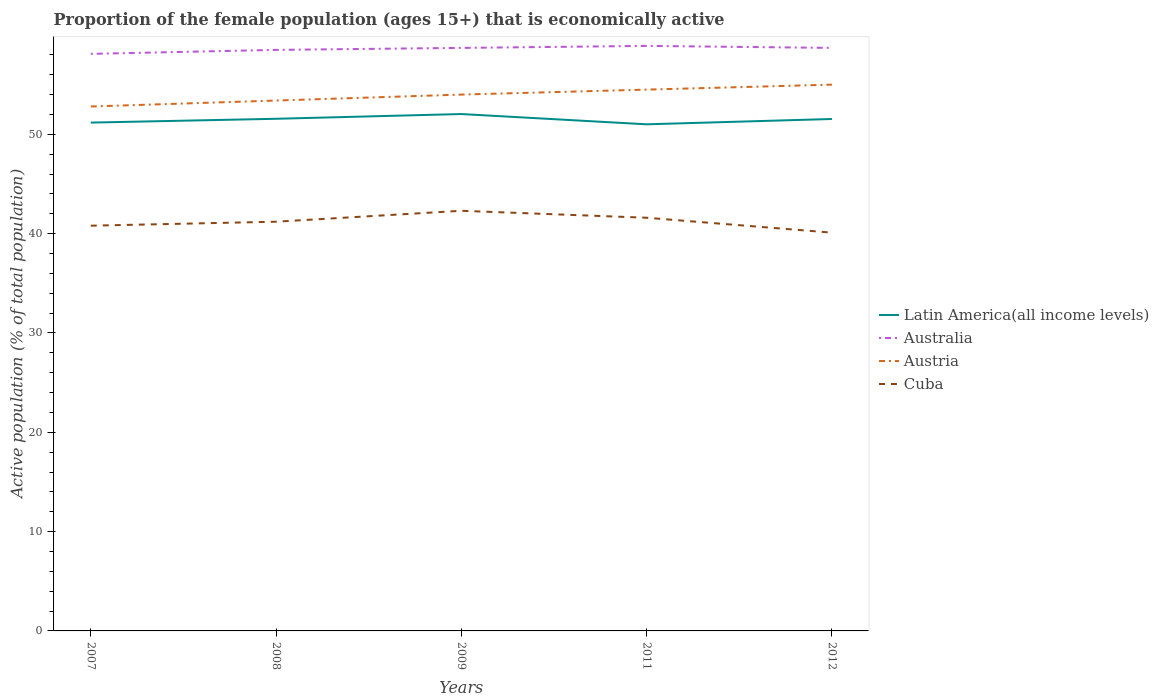
| Years | Latin America(all income levels) | Australia | Austria | Cuba |
 | --- | --- | --- | --- | --- |
 | 2007 | 51.2 | 58.1 | 52.8 | 40.8 |
 | 2008 | 51.6 | 58.5 | 53.4 | 41.2 |
 | 2009 | 52 | 58.7 | 54 | 42.3 |
 | 2011 | 51 | 58.9 | 54.5 | 41.6 |
 | 2012 | 51.5 | 58.7 | 55 | 40.1 |